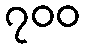
၇၀၀